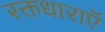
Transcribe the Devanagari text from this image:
रक्तधाराऍं